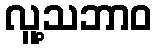
လူ့သဘာဝ